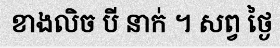
ខាងលិច បី នាក់ ។ សព្វ ថ្ងៃ